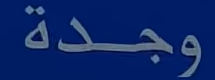
وجدة